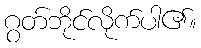
ဂွတ်ဘိုင်လိုက်ပါ၏။